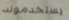
يستخدمونه